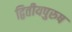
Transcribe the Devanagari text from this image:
द्वितीयपुरुष